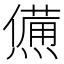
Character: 㷶